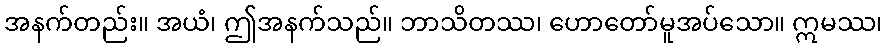
အနက်တည်း။ အယံ၊ ဤအနက်သည်။ ဘာသိတဿ၊ ဟောတော်မူအပ်သော။ ဣမဿ၊